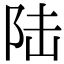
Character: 陆